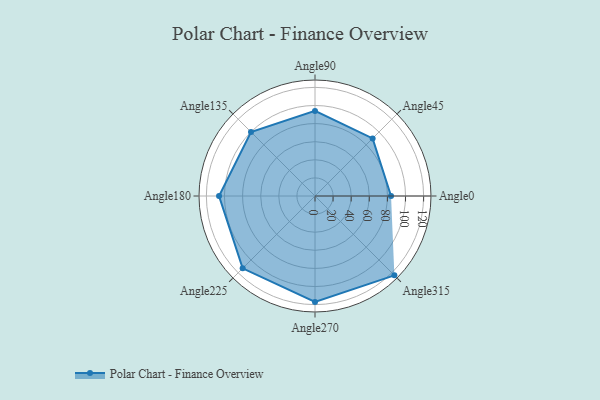
{"axis": {"x": "Angle", "y": "Radius"}, "legend": [""], "data": [{"x": "Angle0", "y": 84.0, "type": ""}, {"x": "Angle45", "y": 90.0, "type": ""}, {"x": "Angle90", "y": 94.0, "type": ""}, {"x": "Angle135", "y": 100.0, "type": ""}, {"x": "Angle180", "y": 106.0, "type": ""}, {"x": "Angle225", "y": 113.0, "type": ""}, {"x": "Angle270", "y": 117.0, "type": ""}, {"x": "Angle315", "y": 124.0, "type": ""}]}